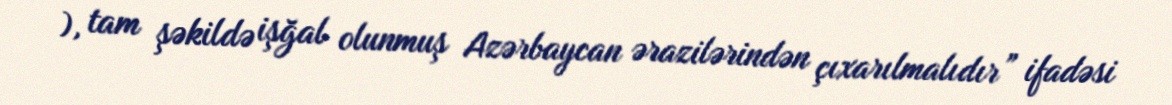
), tam şəkildə işğal olunmuş Azərbaycan ərazilərindən çıxarılmalıdır” ifadəsi